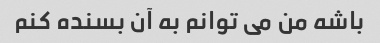
باشه من می توانم به آن بسنده کنم